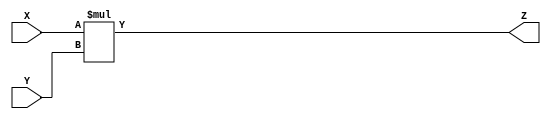
module MUL(
    input [31:0] X,
    input [31:0] Y,
    output [31:0] Z
    );
    
    assign Z = X * Y;
endmodule